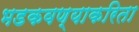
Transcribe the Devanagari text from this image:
भडकवण्याकरिता